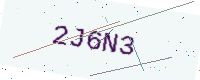
Text: 2J6N3